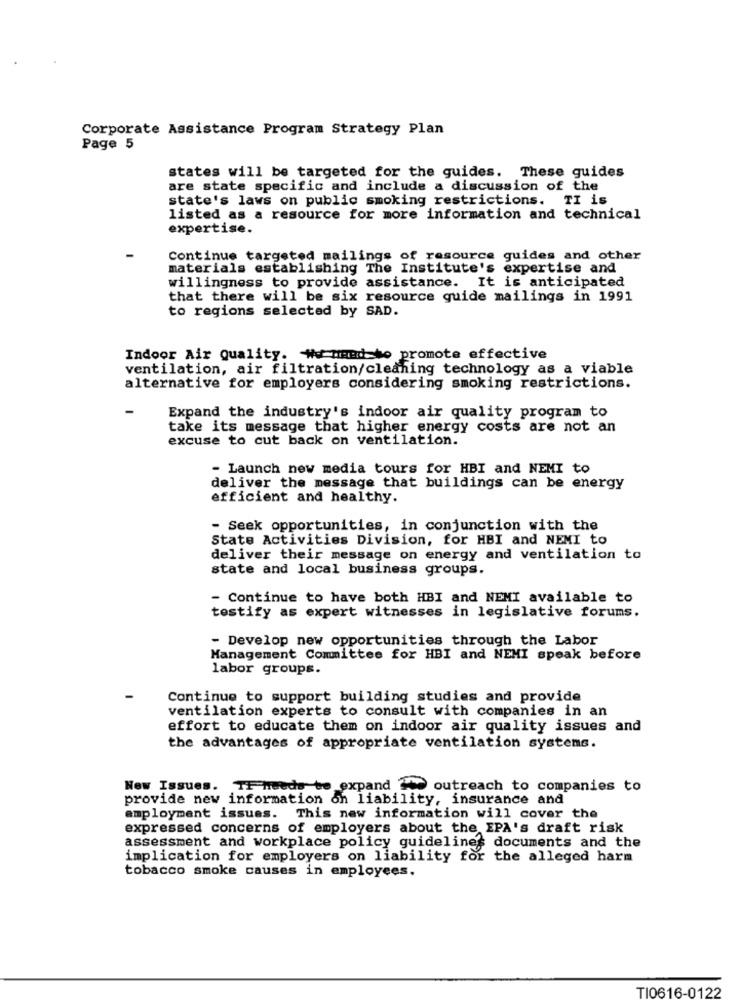
Corporate Assistance Program Strategy Plan
Page 5
states will be targeted for the guides. These guides
are state specific and include a discussion of the
state's laws on public smoking restrictions. TI is
listed as a resource for more information and technical
expertise.
Continue targeted mailings of resource guides and other
materials establishing The Institute's expertise and
willingness to provide assistance. It is anticipated
that there will be six resource guide mailings in 1991
to regions selected by SAD.
Indoor Air Quality. # med to promote effective
ventilation, air filtration/cleaning technology as a viable
alternative for employers considering smoking restrictions.
Expand the industry's indoor air quality program to
take its message that higher energy costs are not an
excuse to cut back on ventilation.
- Launch new media tours for HBI and NEMI to
deliver the message that buildings can be energy
efficient and healthy.
- Seek opportunities, in conjunction with the
State Activities Division, for HBI and NEMI to
deliver their message on energy and ventilation to
state and local business groups.
- Continue to have both HBI and NEMI available to
testify as expert witnesses in legislative forums.
- Develop new opportunities through the Labor
Management Committee for HBI and NEMI speak before
labor groups.
Continue to support building studies and provide
ventilation experts to consult with companies in an
effort to educate them on indoor air quality issues and
the advantages of appropriate ventilation systems.
New Issues. TF needs to expand _ outreach to companies to
provide new information on liability, insurance and
employment issues. This new information will cover the
expressed concerns of employers about the EPA's draft risk
assessment and workplace policy guideline': documents and the
implication for employers on liability for the alleged harm
tobacco smoke causes in employees.
TI0616-0122